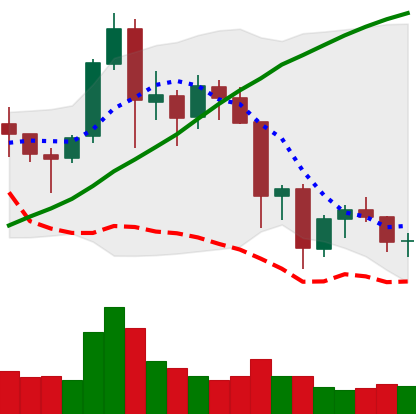
Ticker: NEO-USD
Chart end date: 2021-11-23
Forward return: -5.529%
Label: down_5_7